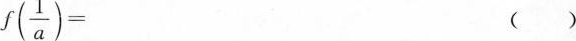
$$f (\frac { 1 } { a } ) =$$ ( )